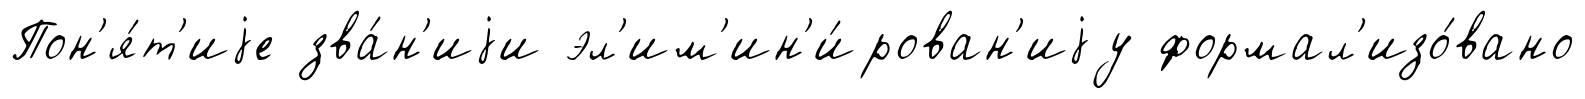
Пон'я́т'иjе зва́н'иjи эл'им'ин'и́рован'иjу формал'изо́вано